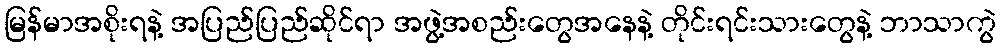
မြန်မာအစိုးရနဲ့ အပြည်ပြည်ဆိုင်ရာ အဖွဲ့အစည်းတွေအနေနဲ့ တိုင်းရင်းသားတွေနဲ့ ဘာသာကွဲ